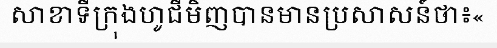
សាខាទីក្រុងហូជីមិញបានមានប្រសាសន៍ថា៖«